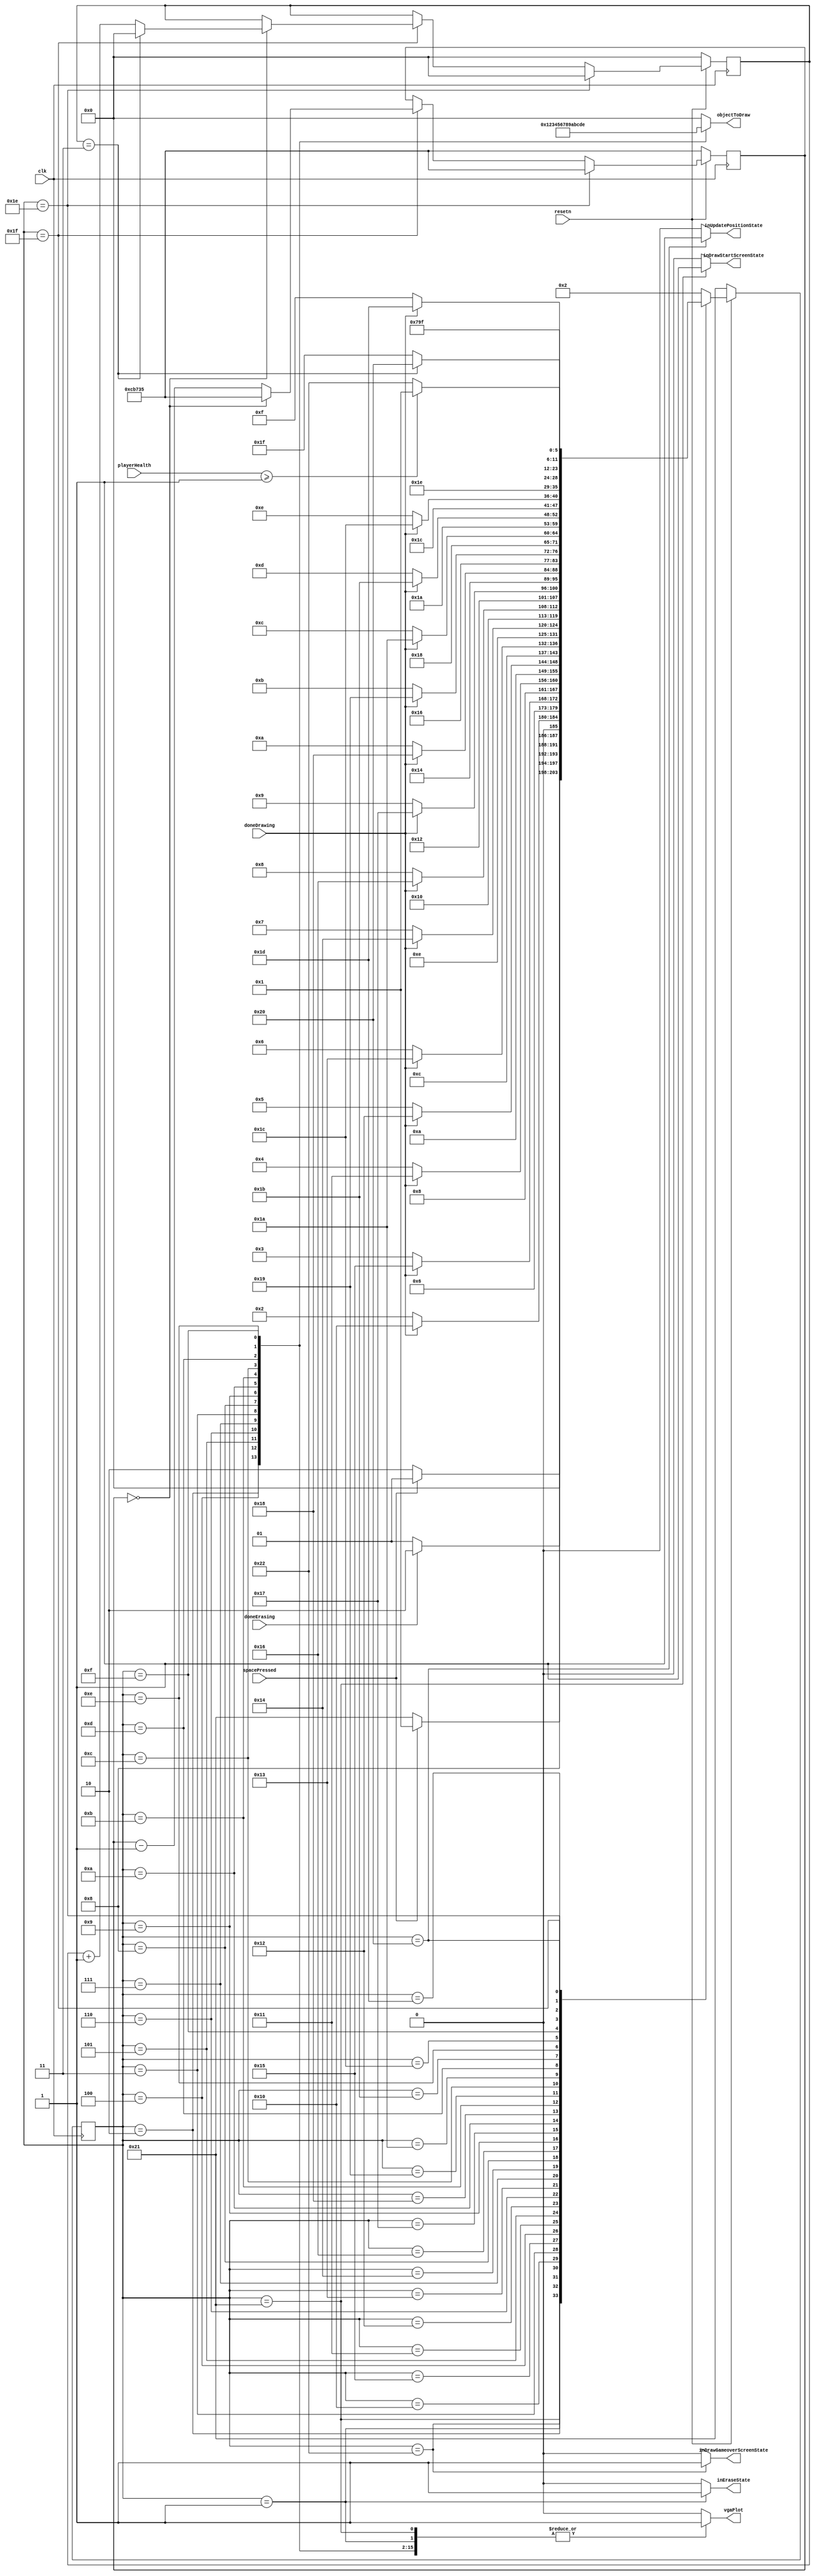
module drawFSM(clk, resetn, objectToDraw, vgaPlot, doneDrawing, doneErasing, inEraseState, inUpdatePositionState, inDrawGameoverScreenState, inDrawStartScreenState, spacePressed, playerHealth);

	input clk, resetn, doneDrawing, doneErasing, spacePressed;
	input [3:0] playerHealth;
	output [3:0] objectToDraw;
	output vgaPlot;
	output reg inEraseState, inUpdatePositionState, inDrawGameoverScreenState, inDrawStartScreenState; 

	reg [3:0] drawSignalOut;
	reg [5:0] current_state, next_state;
	reg vgaPlotOut;
	reg [3:0] frameCounter;
	reg [26:0] rateDividerCounter;
	
	localparam S_ERASE = 6'd1,
				  S_DRAW_PLAYER = 6'd2,
				  S_DRAW_BULLET = 6'd3,
				  S_DRAW_ENEMY1 = 6'd4,
				  S_DRAW_ENEMY2 = 6'd5,
				  S_DRAW_ENEMY3 = 6'd6,
				  S_DRAW_ENEMY4 = 6'd7,
				  S_DRAW_HEALTHBAR_M1 = 6'd8,
				  S_DRAW_HEALTHBAR_C1 = 6'd9,
				  S_DRAW_HEALTHBAR_M2 = 6'd10,
				  S_DRAW_HEALTHBAR_C2 = 6'd11, 
				  S_DRAW_HEALTHBAR_M3 = 6'd12,
				  S_DRAW_HEALTHBAR_C3 = 6'd13,
				  S_DRAW_HEALTHBAR_M4 = 6'd14,
				  S_DRAW_HEALTHBAR_C4 = 6'd15,
				  
 				  S_WAIT1 = 6'd16,
				  S_WAIT2 = 6'd17,
				  S_WAIT3 = 6'd18,
				  S_WAIT4 = 6'd19,
				  S_WAIT5 = 6'd20,
				  S_WAIT6 = 6'd21,
				  S_WAIT7 = 6'd22,
				  S_WAIT8 = 6'd23,
				  S_WAIT9 = 6'd24,
				  S_WAIT10 = 6'd25,
				  S_WAIT11 = 6'd26,
				  S_WAIT12 = 6'd27,
				  S_WAIT13 = 6'd28,
				  S_WAIT14 = 6'd29,
				  S_RESET_FRAMES = 6'd30,
				  S_DELAY_UPDATE = 6'd31,
				  S_UPDATE_POSITION = 6'd32,
				  S_DRAW_START_SCREEN = 6'd33,
				  S_DRAW_GAMEOVER_SCREEN = 6'd34;
				  

	 //State Table
    always@(*)
    begin: state_table 
            case (current_state)  
					S_DRAW_START_SCREEN: next_state = (spacePressed) ? S_ERASE: S_DRAW_START_SCREEN;
					
					S_DRAW_GAMEOVER_SCREEN: next_state = (spacePressed) ? S_DRAW_START_SCREEN : S_DRAW_GAMEOVER_SCREEN;
		
					S_ERASE: next_state = (doneErasing) ? S_DRAW_PLAYER : S_ERASE;
					
					S_DRAW_PLAYER: next_state = (doneDrawing) ? S_WAIT1 : S_DRAW_PLAYER;
				   S_WAIT1: next_state = S_DRAW_BULLET;
					
					S_DRAW_BULLET: next_state = (doneDrawing) ? S_WAIT6 : S_DRAW_BULLET;
					S_WAIT6: next_state = S_DRAW_ENEMY1;
				
					S_DRAW_ENEMY1: next_state = (doneDrawing) ? S_WAIT2 : S_DRAW_ENEMY1;
					S_WAIT2: next_state = S_DRAW_ENEMY2;
					
					S_DRAW_ENEMY2: next_state = (doneDrawing) ? S_WAIT3 : S_DRAW_ENEMY2;
					S_WAIT3: next_state = S_DRAW_ENEMY3;
					
					S_DRAW_ENEMY3: next_state = (doneDrawing) ? S_WAIT4 : S_DRAW_ENEMY3;
					S_WAIT4: next_state = S_DRAW_ENEMY4;
					
					S_DRAW_ENEMY4: next_state = (doneDrawing) ? S_WAIT5 : S_DRAW_ENEMY4;
					S_WAIT5: next_state = S_DRAW_HEALTHBAR_M1;
					
					S_DRAW_HEALTHBAR_M1: next_state = (doneDrawing) ? S_WAIT7 : S_DRAW_HEALTHBAR_M1;
					S_WAIT7: next_state = S_DRAW_HEALTHBAR_C1;
					
					S_DRAW_HEALTHBAR_C1: next_state = (doneDrawing) ? S_WAIT8 : S_DRAW_HEALTHBAR_C1;
					S_WAIT8: next_state = S_DRAW_HEALTHBAR_M2;
					
					S_DRAW_HEALTHBAR_M2: next_state = (doneDrawing) ? S_WAIT9 : S_DRAW_HEALTHBAR_M2;
					S_WAIT9: next_state = S_DRAW_HEALTHBAR_C2;
					
					S_DRAW_HEALTHBAR_C2: next_state = (doneDrawing) ? S_WAIT10 : S_DRAW_HEALTHBAR_C2;
					S_WAIT10: next_state = S_DRAW_HEALTHBAR_M3;
					
					S_DRAW_HEALTHBAR_M3: next_state = (doneDrawing) ? S_WAIT11 : S_DRAW_HEALTHBAR_M3;
					S_WAIT11: next_state = S_DRAW_HEALTHBAR_C3;
					
					S_DRAW_HEALTHBAR_C3: next_state = (doneDrawing) ? S_WAIT12 : S_DRAW_HEALTHBAR_C3;
					S_WAIT12: next_state = S_DRAW_HEALTHBAR_M4;
					
					S_DRAW_HEALTHBAR_M4: next_state = (doneDrawing) ? S_WAIT13 : S_DRAW_HEALTHBAR_M4;
					S_WAIT13: next_state = S_DRAW_HEALTHBAR_C4;
					
					S_DRAW_HEALTHBAR_C4: next_state = (doneDrawing) ? S_WAIT14 : S_DRAW_HEALTHBAR_C4;
					S_WAIT14: next_state = S_RESET_FRAMES;
					
					S_RESET_FRAMES: next_state = S_DELAY_UPDATE;
					S_DELAY_UPDATE: next_state = (frameCounter == 4'd3/*4'b1111*/) ? S_UPDATE_POSITION : S_DELAY_UPDATE;
					S_UPDATE_POSITION: next_state = (playerHealth >= 1) ? S_ERASE : S_DRAW_GAMEOVER_SCREEN;
					
				default:     next_state = S_DRAW_PLAYER;
        endcase
    end // state_table

    //control signal change code
    always @(*)
    begin: enable_signals
        drawSignalOut <= 4'b0; 
		  vgaPlotOut <= 1'b0;
		  inEraseState <= 0;
		  inUpdatePositionState <= 0;
		  inDrawStartScreenState <= 0;
		  inDrawGameoverScreenState <= 0;
		  
        case (current_state)
				S_ERASE: begin inEraseState <= 1; vgaPlotOut <= 1; end
				S_DRAW_START_SCREEN: begin inDrawStartScreenState <= 1; vgaPlotOut <= 1; end
				S_DRAW_GAMEOVER_SCREEN: begin inDrawGameoverScreenState <= 1; vgaPlotOut <= 1; end
				S_DELAY_UPDATE: begin vgaPlotOut <= 0; end
				S_UPDATE_POSITION: begin inUpdatePositionState <= 1; vgaPlotOut <= 0; end 
				S_RESET_FRAMES: begin vgaPlotOut <= 0; end
				
				S_DRAW_PLAYER: begin
					drawSignalOut <= 4'd1;
					vgaPlotOut <= 1;
				end
				
				S_DRAW_ENEMY1: begin
					drawSignalOut <= 4'd2;
					vgaPlotOut <= 1;
				end
				
				S_DRAW_ENEMY2: begin
					drawSignalOut <= 4'd3;
					vgaPlotOut <= 1;
				end
				
				S_DRAW_ENEMY3: begin
					drawSignalOut <= 4'd4;
					vgaPlotOut <= 1;
				end
				
				S_DRAW_ENEMY4: begin
					drawSignalOut <= 4'd5;
					vgaPlotOut <= 1;
				end
				
				S_DRAW_BULLET: begin
					drawSignalOut <= 4'd6;
					vgaPlotOut <= 1;
				end
				
				S_DRAW_HEALTHBAR_M1: begin
					drawSignalOut <= 4'd7;
					vgaPlotOut <= 1;
				end
				
				S_DRAW_HEALTHBAR_C1: begin
					drawSignalOut <= 4'd8;
					vgaPlotOut <= 1;
				end
				
				S_DRAW_HEALTHBAR_M2: begin
					drawSignalOut <= 4'd9;
					vgaPlotOut <= 1;
				end
				
				S_DRAW_HEALTHBAR_C2: begin
					drawSignalOut <= 4'd10;
					vgaPlotOut <= 1;
				end
				
				S_DRAW_HEALTHBAR_M3: begin
					drawSignalOut <= 4'd11;
					vgaPlotOut <= 1;
				end
				
				S_DRAW_HEALTHBAR_C3: begin
					drawSignalOut <= 4'd12;
					vgaPlotOut <= 1;
				end
				
				S_DRAW_HEALTHBAR_M4: begin
					drawSignalOut <= 4'd13;
					vgaPlotOut <= 1;
				end
				
				S_DRAW_HEALTHBAR_C4: begin
					drawSignalOut <= 4'd14;
					vgaPlotOut <= 1;
				end
				
				S_WAIT1: begin
					vgaPlotOut <= 0;
					drawSignalOut <= 0;
				end
				
				S_WAIT2: begin
					vgaPlotOut <= 0;
					drawSignalOut <= 0;
				end
				
				S_WAIT3: begin
					vgaPlotOut <= 0;
					drawSignalOut <= 0;
				end
				
				S_WAIT4: begin
					vgaPlotOut <= 0;
					drawSignalOut <= 0;
				end
				
				S_WAIT5: begin
					vgaPlotOut <= 0;
					drawSignalOut <= 0;
				end
				
				S_WAIT6: begin
					vgaPlotOut <= 0;
					drawSignalOut <= 0;
				end
				
				S_WAIT7: begin
					vgaPlotOut <= 0;
					drawSignalOut <= 0;
				end
				
				S_WAIT8: begin
					vgaPlotOut <= 0;
					drawSignalOut <= 0;
				end
				S_WAIT9: begin
					vgaPlotOut <= 0;
					drawSignalOut <= 0;
				end
				S_WAIT10: begin
					vgaPlotOut <= 0;
					drawSignalOut <= 0;
				end
				S_WAIT11: begin
					vgaPlotOut <= 0;
					drawSignalOut <= 0;
				end
				S_WAIT12: begin
					vgaPlotOut <= 0;
					drawSignalOut <= 0;
				end
				S_WAIT13: begin
					vgaPlotOut <= 0;
					drawSignalOut <= 0;
				end
				S_WAIT14: begin
					vgaPlotOut <= 0;
					drawSignalOut <= 0;
				end
				
        endcase
    end // enable_signals

	 //logic for switching states on positive clock edges and reseting when resetn is 0
    always@(posedge clk)
    begin: state_FFs
        if (resetn == 1'b0) begin
            current_state <= S_DRAW_START_SCREEN;
				frameCounter <= 0;
				rateDividerCounter <= 27'd833333;
        end
        else begin
            current_state <= next_state;
				
				if (current_state == S_RESET_FRAMES) begin
					rateDividerCounter <= 27'd833333;
					frameCounter <= 4'b0;
				end
				else if(current_state == S_DELAY_UPDATE) begin			
					if (rateDividerCounter == 0) begin
						frameCounter <= frameCounter + 1'b1;
						rateDividerCounter <= 27'd833333; 
					
						if (frameCounter == 4'd3)
							frameCounter <= 0;
						else
							frameCounter <= frameCounter + 1'b1;
					end
					else
						rateDividerCounter <= rateDividerCounter - 1'b1;
				end
			end
    end // state_FFS

    assign objectToDraw = drawSignalOut;
	 assign vgaPlot = vgaPlotOut;
endmodule